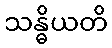
သန္ဓိယတိ